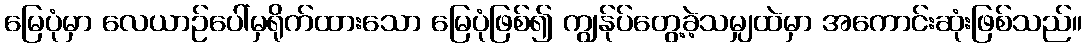
မြေပုံမှာ လေယာဉ်ပေါ်မှရိုက်ထားသော မြေပုံဖြစ်၍ ကျွန်ုပ်တွေ့ခဲ့သမျှထဲမှာ အကောင်းဆုံးဖြစ်သည်။